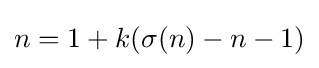
n=1+k(\sigma (n)-n-1)